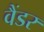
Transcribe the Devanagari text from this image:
वैंडर